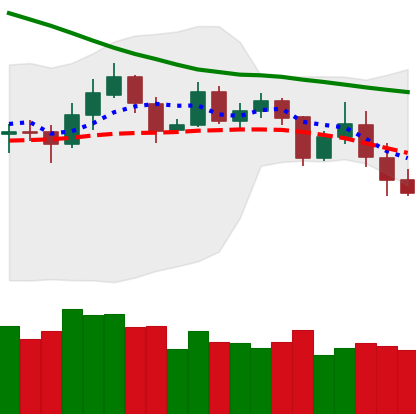
Ticker: ETH-USD
Chart end date: 2019-11-20
Forward return: -16.632%
Label: down_7plus